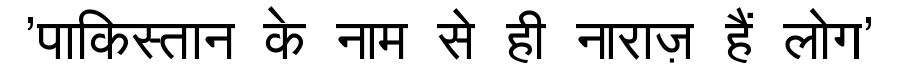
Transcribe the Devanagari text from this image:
'पाकिस्तान के नाम से ही नाराज़ हैं लोग'